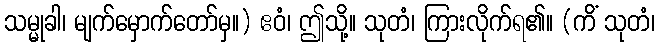
သမ္မုခါ၊ မျက်မှောက်တော်မှ။) ဧဝံ၊ ဤသို့။ သုတံ၊ ကြားလိုက်ရ၏။ (ကိံ သုတံ၊